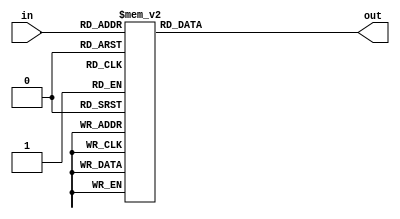
module dec_to_7seg (in, out);
	output [6:0] out;
	input [3:0] in;

	reg [6:0] out;

	always @ (*)
	case (in)
		4'd0: out <= 7'b1000000;
		4'd1: out <= 7'b1111001;
		4'd2: out <= 7'b0100100;
		4'd3: out <= 7'b0110000;
		4'd4: out <= 7'b0011001;
		4'd5: out <= 7'b0010010;
		4'd6: out <= 7'b0000010;
		4'd7: out <= 7'b1111000;
		4'd8: out <= 7'b0000000;
		4'd9: out <= 7'b0011000;
		default : out <= 7'b1111100;
	endcase

endmodule